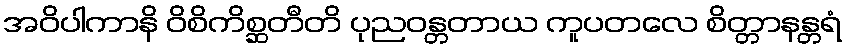
အဝိပါကာနိ ဝိစိကိစ္ဆတီတိ ပုညဝန္တတာယ ကူပတလေ စိတ္တာနန္တရံ